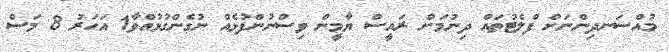
މުއްސަނދިންނަށް ފްލެޓުތައް ދިނުމަށް ރައީސް ޔާމީން ވިސްނުންފުޅެއް ނުގެންގުޅުއްވާ1 އަހަރު 8 މަސް